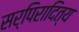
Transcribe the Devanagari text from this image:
सर्पिरादित्य